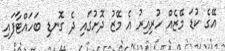
އޭގެ ކުޑަ މޭޒެއް ހުރިއިރު އެ މޭޒު ދޮށުގައި ދެ ގޮނޑި ބަހައްޓާފައި